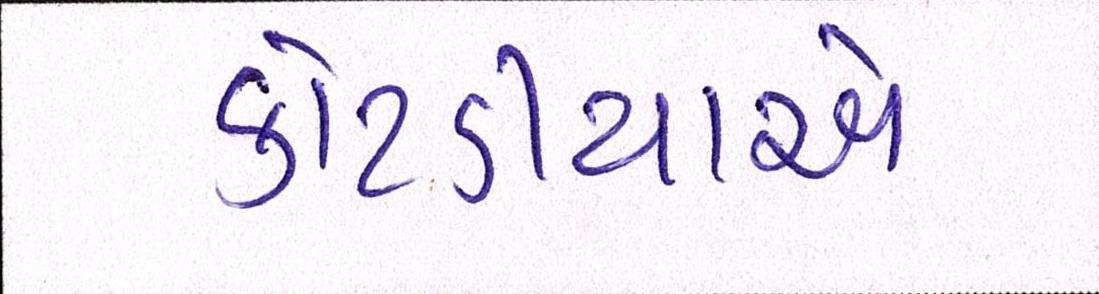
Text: કોટડીયાએ